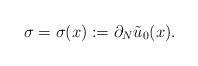
LaTeX: \begin{align*}\sigma = \sigma(x) := \partial_N \tilde u_0(x) .\end{align*}